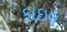
કાઇલ